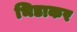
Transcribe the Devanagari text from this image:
भिडाकर